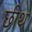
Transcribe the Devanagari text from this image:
छीथ